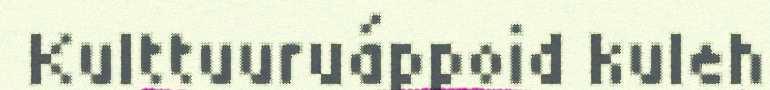
Kulttuuruáppoid kuleh